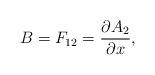
LaTeX: \begin{align*}B=F_{12}=\frac{\partial A_2}{\partial x},\end{align*}